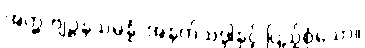
အတ္ထ-ဗျဉ္ဇနသမ္ပန္နံ၊ အနက်သဒ္ဒါနှင့် ပြည့်စုံသော။